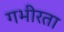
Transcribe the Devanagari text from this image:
गभीरता